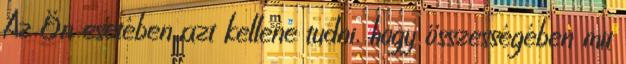
Az Ön esetében azt kellene tudni, hogy összességében mit